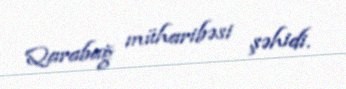
Qarabağ müharibəsi şəhidi.